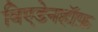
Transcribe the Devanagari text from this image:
विएडेनहॉफ़